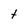
Character: t